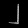
Digit: ၂